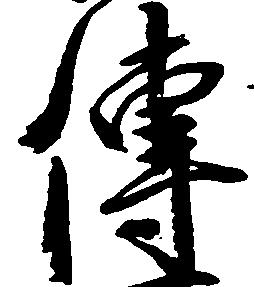
伝